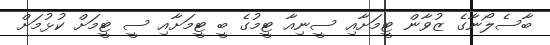
ބާސެލޯނާގެ ޒުވާން ޓީމަށާއި ސީނިއާ ޓީމުގެ ބީ ޓީމަށާއި ސީ ޓީމަށް ކުޅުމަށް